Vaccination in Bombay 1924-1928 - 1924-1928
Year: 1924
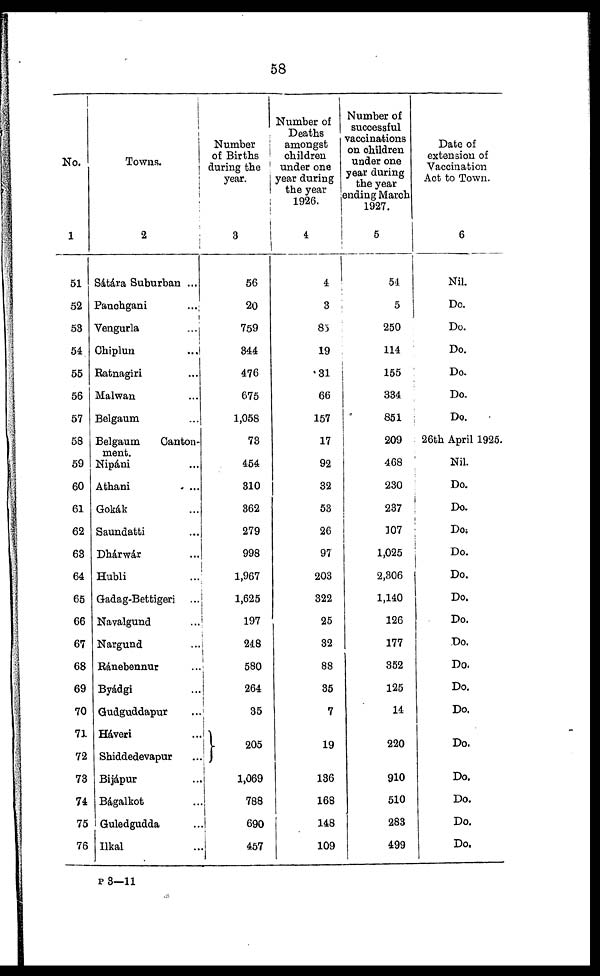
58
No.
1
51
52
53
54
55
56
57
58
59
60
61
62
63
64
65
66
67
68
69
70
71
72
73
74
75
76
Towns.
2
Sátára Suburban ...
Panchgani ...
Vengurla ...
Chiplun ...
Ratnagiri ...
Malwan ...
Belgaum ...
Belgaum
Canton-
ment.
Nipáni ...
Athani
...
Gokák ...
Saundatti ...
Dhárwár ...
Hubli ...
Gadag-Bettigeri ...
Navalgund ...
Nargund ...
Ránebennur ...
Byádgi ...
Gudguddapur ...
Háveri ...
Shiddedevapur ...
Bijápur ...
Bágalkot ...
Guledgudda ...
Ilkal ...
Number
of Births
during the
year.
3
56
20
759
344
476
675
1,058
73
454
310
362
279
998
1,967
1,625
197
248
580
264
35
205
1,069
788
690
457
Number of
Deaths
amongst
children
under one
year during
the year
1926.
4
4
3
85
19
31
66
157
17
92
32
53
26
97
203
322
25
32
88
35
7
19
136
168
148
109
Number of
successful
vaccinations
on children
under one
year during
the year
ending March
1927.
5
54
5
250
114
155
334
851
209
468
230
237
107
1,025
2,306
1,140
126
177
352
125
14
220
910
510
283
499
Date of
extension of
Vaccination
Act to Town.
6
Nil.
Do.
Do.
Do.
Do.
Do.
Do.
26th April 1925.
Nil.
Do.
Do.
Do.
Do.
Do.
Do.
Do.
Do.
Do.
Do.
Do.
Do.
Do.
Do.
Do.
Do.
P3—11